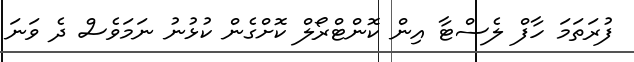
ފުރަތަމަ ހާފް ލެސްޓާ އިން ކޮންޓްރޯލް ކޮށްގެން ކުޅުނު ނަމަވެސް ދެ ވަނަ